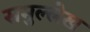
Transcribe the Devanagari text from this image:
समुल्लेख